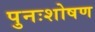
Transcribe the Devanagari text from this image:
पुनःशोषण